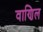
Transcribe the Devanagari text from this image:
वाणिल